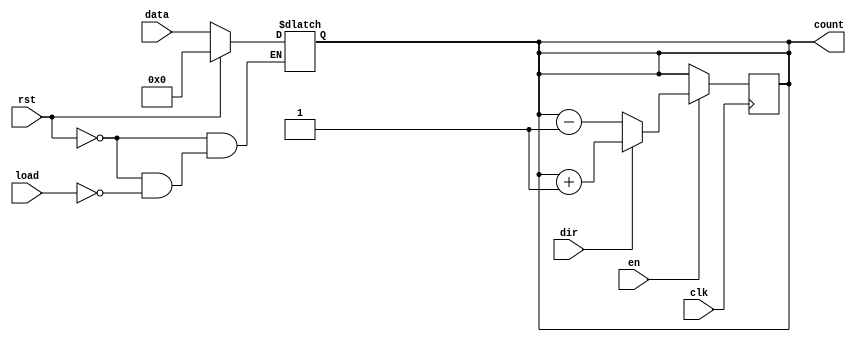
module async_load_counter (
    input wire clk,          // Clock signal
    input wire rst,          // Asynchronous reset signal
    input wire load,         // Asynchronous load signal
    input wire [7:0] data,   // Load value (8-bit for example)
    input wire en,           // Count enable signal
    input wire dir,          // Counting direction (1 = up, 0 = down)
    output reg [7:0] count   // Counter value (8-bit)
);

// Initial value for counter (can be configured)
initial begin
    count = 8'b0; // Initial value set to zero
end

// Asynchronous reset and load logic
always @(*) begin
    if (rst) begin
        count = 8'b0; // Reset counter to zero
    end else if (load) begin
        count = data; // Load the specified value
    end
end

// Synchronous counting logic
always @(posedge clk) begin
    if (en) begin
        if (dir) begin
            count <= count + 1; // Increment counter
        end else begin
            count <= count - 1; // Decrement counter
        end
    end
    // If en is not asserted, the count retains its value
end

endmodule